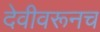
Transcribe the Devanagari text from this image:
देवीवरूनच